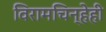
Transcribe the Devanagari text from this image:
विरामचिन्हेही